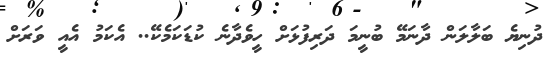
ދުނިޔެ ބަލާލަން ދާނަމޭ ބުނީމަ ދަރިފުޅަށް ހީވެދާނެ ކުޑަކަމެކޭ.. އެކަމު އެއީ ވަރަށް